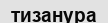
тизанура